Indian Medical Review
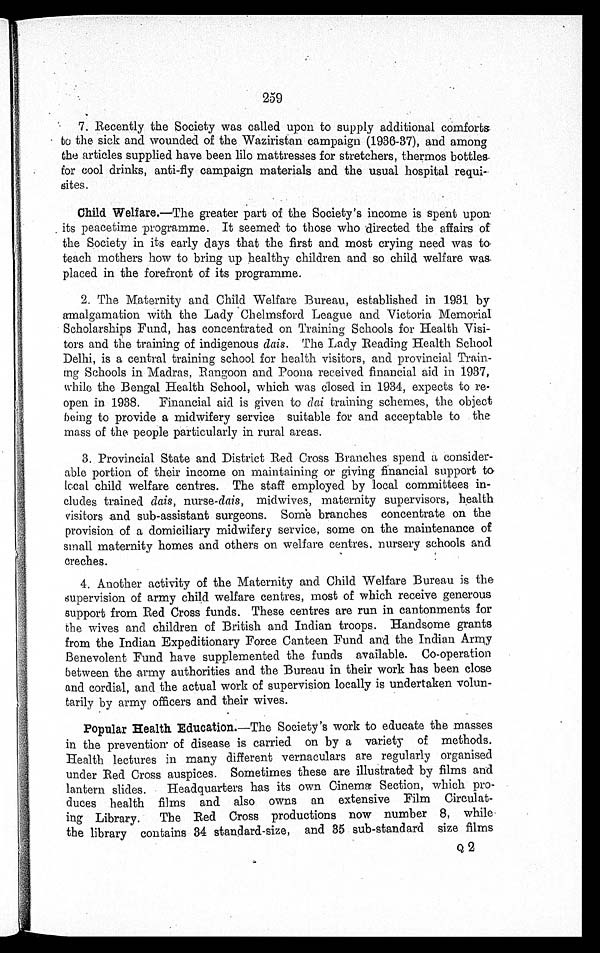
259
7. Recently the Society was called upon to supply additional comforts
to the sick and wounded of the Waziristan campaign (1936-37), and among
the articles supplied have been lilo mattresses for stretchers, thermos bottles
for cool drinks, anti-fly campaign materials and the usual hospital re
qui-
sites.
Child Welfare.— The greater part of the Society's income is spent upon
its peacetime programme. It seemed to those who directed the affairs of
the Society in its early days that the first and most crying need was to
teach mothers how to bring up healthy children and so child welfare was
placed in the forefront of its programme.
2. The Maternity and Child Welfare Bureau, established in 1.931 by
amalgamation with the Lady Chelmsford League and Victoria Memorial
Scholarships Fund, has concentrated on Training Schools for Health Visi
-
tors and the training of indigenous dais. The Lady Reading Health School
Delhi, is a central training school for health visitors, and provincial Train
-
ing Schools in Madras, Rangoon and Poona received financial aid in 1937,
while the Bengal Health School, which was closed in 1934, expects to re
-
open in 1938. Financial aid is given to dal training schemes, the object
being to provide a midwifery service suitable for and acceptable to the
mass of the. people particularly in rural areas.
3. Provincial State and District Red Cross Branches spend a consider
-
able portion of their income on maintaining or giving financial support to
local child welfare centres. The staff employed by local committees in
-
cludes trained dais, nurse- dais , midwives, maternity supervisors, health
visitors and sub-assistant surgeons. Some branches concentrate on the
provision of a domiciliary midwifery service, some on the maintenance of
small maternity homes and others on welfare centres, nursery schools and
creches.
4. Another activity of the Maternity and Child Welfare Bureau is the
supervision of army child welfare centres, most of which receive generous
support from Red Cross funds. These centres are run in cantonments for
the wives and children of British and Indian troops. Handsome grants
from the Indian Expeditionary Force Canteen Fund and the Indian Army
Benevolent Fund have supplemented the funds available. Co-operation
between the army authorities and the Bureau in their work has been close
and cordial, and the actual work of supervision locally is undertaken volun
-
tarily by army officers and their wives.
Popular Health Education.— The Society's work to educate the masses
in the prevention- of disease is carried . on by a variety of methods.
Health lectures in many different vernaculars are regularly organised
under Red Cross auspices. Sometimes these are illustrated by films and
lantern slides. Headquarters has its own Cinema Section, which pro
-
duces health films and also owns an extensive Film Circulat
-
ing Library. The Red Cross productions now number 8, whil
e
the library contains 34 standard-size, and 35 sub-standard size films
Q 2